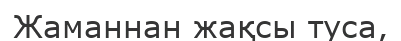
Жаманнан жақсы туса,